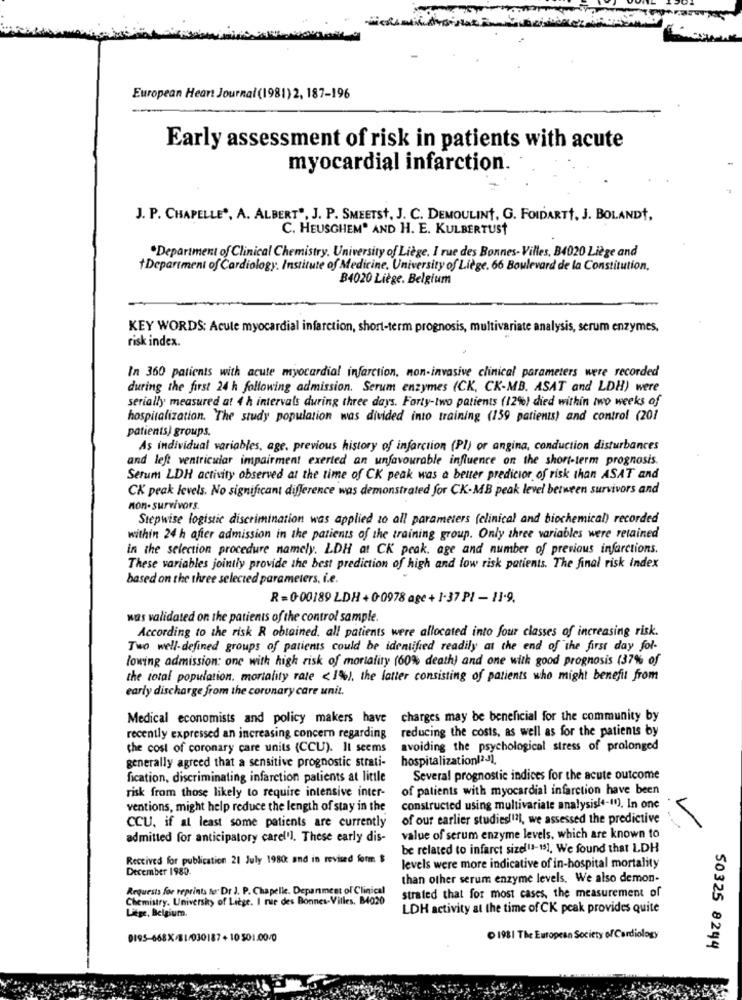
European Heart Journal (1981) 2, 187-196
Early assessment of risk in patients with acute
myocardial infarction.
J. P. CHAPELLE *, A. ALBERT", J. P. SMEETSt, J. C. DEMOULINT, G. FOIDARTH, J. BOLANDA,
C. HEUSCHEM® AND H. E. KULBERTUSt
.Department of Clinical Chemistry, University of Liège. I rue des Bonnes- Villes, B4020 Liège and
+Department of Cardiology. Institute of Medicine, University of Liège. 66 Boulevard de la Constitution,
B4020 Liège. Belgium
KEY WORDS: Acute myocardial infarction, short-term prognosis, multivariate analysis, serum enzymes.
risk index.
In 360 patients with acute myocardial infarction, non-invasive clinical parameters were recorded
during the first 24 h following admission. Serum enzymes (CK, CK-MB. ASAT and LDH) were
serially measured at 4 h intervals during three days. Forty-two patients (12%) died within two weeks of
hospitalization. The study population was divided into training (159 patients) and control (201
patients) groups.
As individual variables, age, previous history of infarction (Pl) or angina, conduction disturbances
and left ventricular impairment exerted an unfavourable influence on the short-term prognosis.
Serum LDH activity observed at the time of CK peak was a better predictor of risk than ASAT and
CK peak levels. No significant diference was demonstrated for CK-MB peak level between survivors and
non- survivors
Stepwise logistic discrimination was applied to all parameters (clinical and biochemical) recorded
within 24 h after admission in the patients of the training group. Only three variables were retained
in the selection procedure namely. LDH at CK peak. age and number of previous infarctions.
These variables jointly provide the best prediction of high and low risk patients. The final risk index
based on the three selected parameters, i.e.
R = 0-00189 LDH + 0-0978 age + 1-37 PI - 11-9.
was validated on the patients of the control sample.
According to the risk R obtained, all patients were allocated into four classes of increasing risk.
Two well-defined groups of patients could be identified readily at the end of the first day fol-
lowing admission: one with high risk of mortality (60% death) and one with good prognosis (37% of
the total population. mortality rate <1%), the latter consisting of patients who might benefit from
early discharge from the coronary care unit.
Medical economists and policy makers have charges may be beneficial for the community by
recently expressed an increasing concern regarding reducing the costs, as well as for the patients by
the cost of coronary care units (CCU). Il seems
avoiding the psychological stress of prolonged
hospitalization(24),
generally agreed that a sensitive prognostic strati-
fication, discriminating infarction patients at little
Several prognostic indices for the acute outcome
of patients with myocardial infarction have been
risk from those likely to require intensive inter-
ventions, might help reduce the length of stay in the
constructed using multivariate analysis(+-(0), In one
of our earlier studies(121, we assessed the predictive
L
CCU, if at least some patients are currently
admitted for anticipatory carel'l. These early dis-
value of serum enzyme levels, which are known to
be related to infarct size(11-15], We found that LDH
Received for publication 21 July 1980: and in revised form $
December 1980.
levels were more indicative of in-hospital mortality
than other serum enzyme levels. We also demon-
Requests for reprints for Dr J. P. Chapelle. Department of Clinical
Chemistry. Universky of Liege. I rue des Bonnes-Villes. B4020
strated that for most cases, the measurement of
LDH activity at the time of CK peak provides quite
Litge, Belgium.
0195-668X/81/030187+10 501.00/0
1981 The European Society of Cardiology
50325 8244